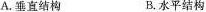
A.垂直结构 B.水平结构